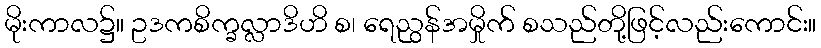
မိုးကာလ၌။ ဥဒကစိက္ခလ္လာဒိဟိ စ၊ ရေညွန်အမှိုက် စသည်တို့ဖြင့်လည်းကောင်း။